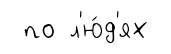
по л'ю́д'ях